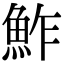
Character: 鮓